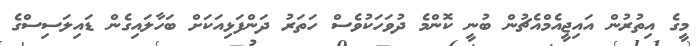
މީގެ އިތުރުން އައިޖީއެމްއެޗުން ބުނީ ކޮންމެ ދުވަހަކުވެސް ހަތަރު ދަންފަޅިއަކަށް ބަހާލައިގެން ޑައިލަސިސްގެ